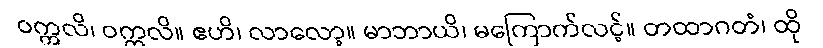
ဝက္ကလိ၊ ဝက္ကလိ။ ဧဟိ၊ လာလော့။ မာဘာယိ၊ မကြောက်လင့်။ တထာဂတံ၊ ထို